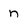
Character: n